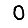
Digit: 0